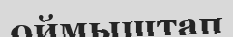
оймыштап